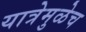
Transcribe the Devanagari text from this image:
यात्रेमुळेच